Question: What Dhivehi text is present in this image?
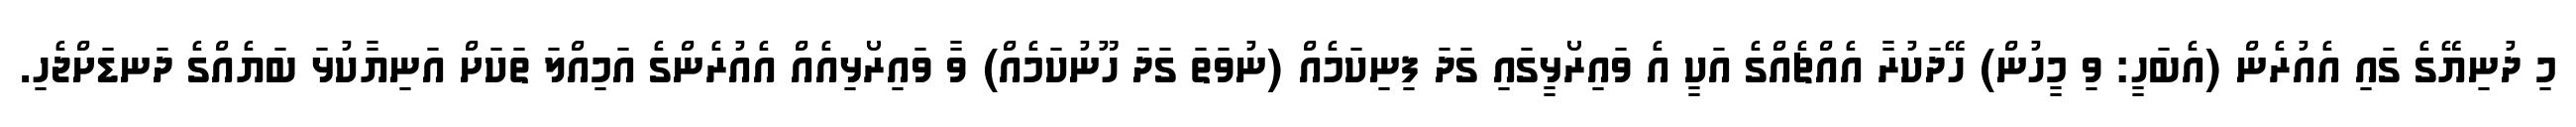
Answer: މި ދުނިޔޭގެ ގައި އެއުރެން (އެބަހީ: ވި މީހުން) ހޭދަކުރާ އެއްޗެއްގެ އަކީ އެ ވައިރޯޅީގައި ގަދަ ފިނިކަމެއް (ނުވަތަ ގަދަ ހޫނުކަމެއް) ވާ ވައިރޯޅިއެއް އެއުރެންގެ އަމިއްލަ ތަކަށް އަނިޔާކުޅަ ބަޔެއްގެ ދަނޑަށްޖެހި.